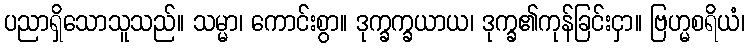
ပညာရှိသောသူသည်။ သမ္မာ၊ ကောင်းစွာ။ ဒုက္ခက္ခယာယ၊ ဒုက္ခ၏ကုန်ခြင်းငှာ။ ဗြဟ္မစရိယံ၊